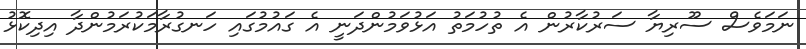
ނަމަވެސް ސޫރިޔާ ސަރުކާރުން އެ ތުހުމަތު އަޅުވަމުންދަނީ އެ ގައުމުގައި ހަނގުރާމަކުރަމުންދާ އިދިކޮޅު